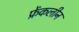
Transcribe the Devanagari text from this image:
फ्रेंकलीन